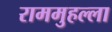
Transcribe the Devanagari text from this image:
राममुहल्ला